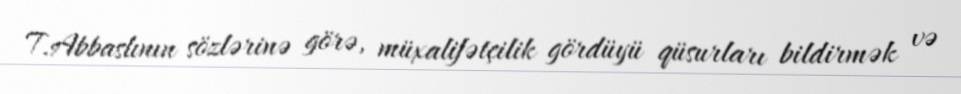
T.Abbaslının sözlərinə görə, müxalifətçilik gördüyü qüsurları bildirmək və